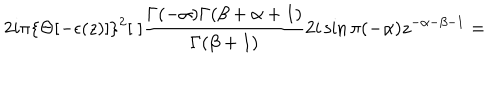
2 i \pi \{ \Theta [ - \epsilon ( z ) ] \} ^ { 2 } [ \; ] \frac { \Gamma ( - \alpha ) \Gamma ( \beta + \alpha + 1 ) } { \Gamma ( \beta + 1 ) } 2 i \sin \pi ( - \alpha ) z ^ { - \alpha - \beta - 1 } =